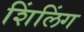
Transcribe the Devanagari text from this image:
शिंलिंग